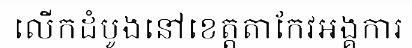
លើកដំបូងនៅខេត្តតាកែវអង្គការ